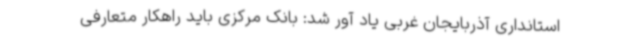
استانداری آذربایجان غربی یاد آور شد: بانک مرکزی باید راهکار متعارفی